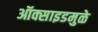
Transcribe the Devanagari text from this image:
ऑक्साइडमुळे